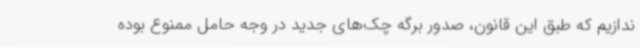
ندازیم که طبق این قانون، صدور برگه چک‌های جدید در وجه حامل ممنوع بوده